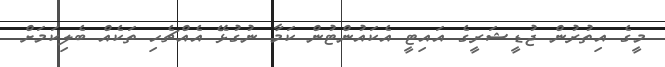
މީގެ އިތުރުން ޖުޑީޝަރީގެ އައިޓީ އެކައުންޓުން ކަމާ ނުގުޅޭ އެއްޗެހި ތަކެއް ބެލިކަމަށް